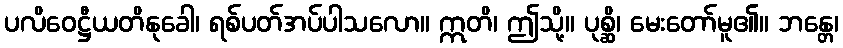
ပလိဝေဋ္ဌီယတိနုခေါ၊ ရစ်ပတ်အပ်ပါသလော။ ဣတိ၊ ဤသို့။ ပုစ္ဆိ၊ မေးတော်မူ၏။ ဘန္တေ၊